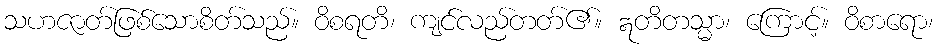
သဟဇာတ်ဖြစ်သောစိတ်သည်။ ဝိစရတိ၊ ကျင်လည်တတ်၏။ ဣတိတသ္မာ၊ ကြောင့်။ ဝိစာရော၊